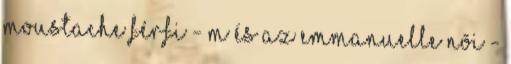
Moustache férfi - M és az Emmanuelle nõi -